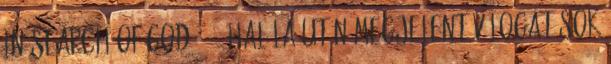
in Search of God 1932 Halála után megjelent válogatások